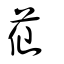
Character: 苮